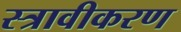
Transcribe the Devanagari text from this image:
स्त्रावीकरण